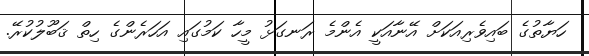
ހަޔާތުގެ ބައިވެރިއަކަށް އޭނާއަކީ އެންމެ ރަނގަޅު މީހާ ކަމުގައި އަހަރެންގެ ހިތް ޤަބޫލުކުރޭ.